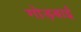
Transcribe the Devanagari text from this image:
गोड़बाई